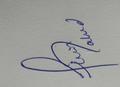
Signature authenticity: genuine